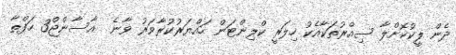
ދެން ލީކުކޮށްލާ ސިއްރުތަކާއެކު ހިލަރީ ކްލިންޓަން ހައްޔަރުކުރާވަރު ވާނެ  އާސާންޖް3 ހަފްތާ